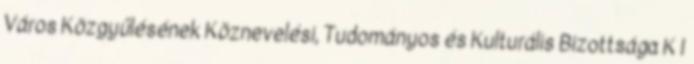
Város Közgyűlésének Köznevelési, Tudományos és Kulturális Bizottsága K I